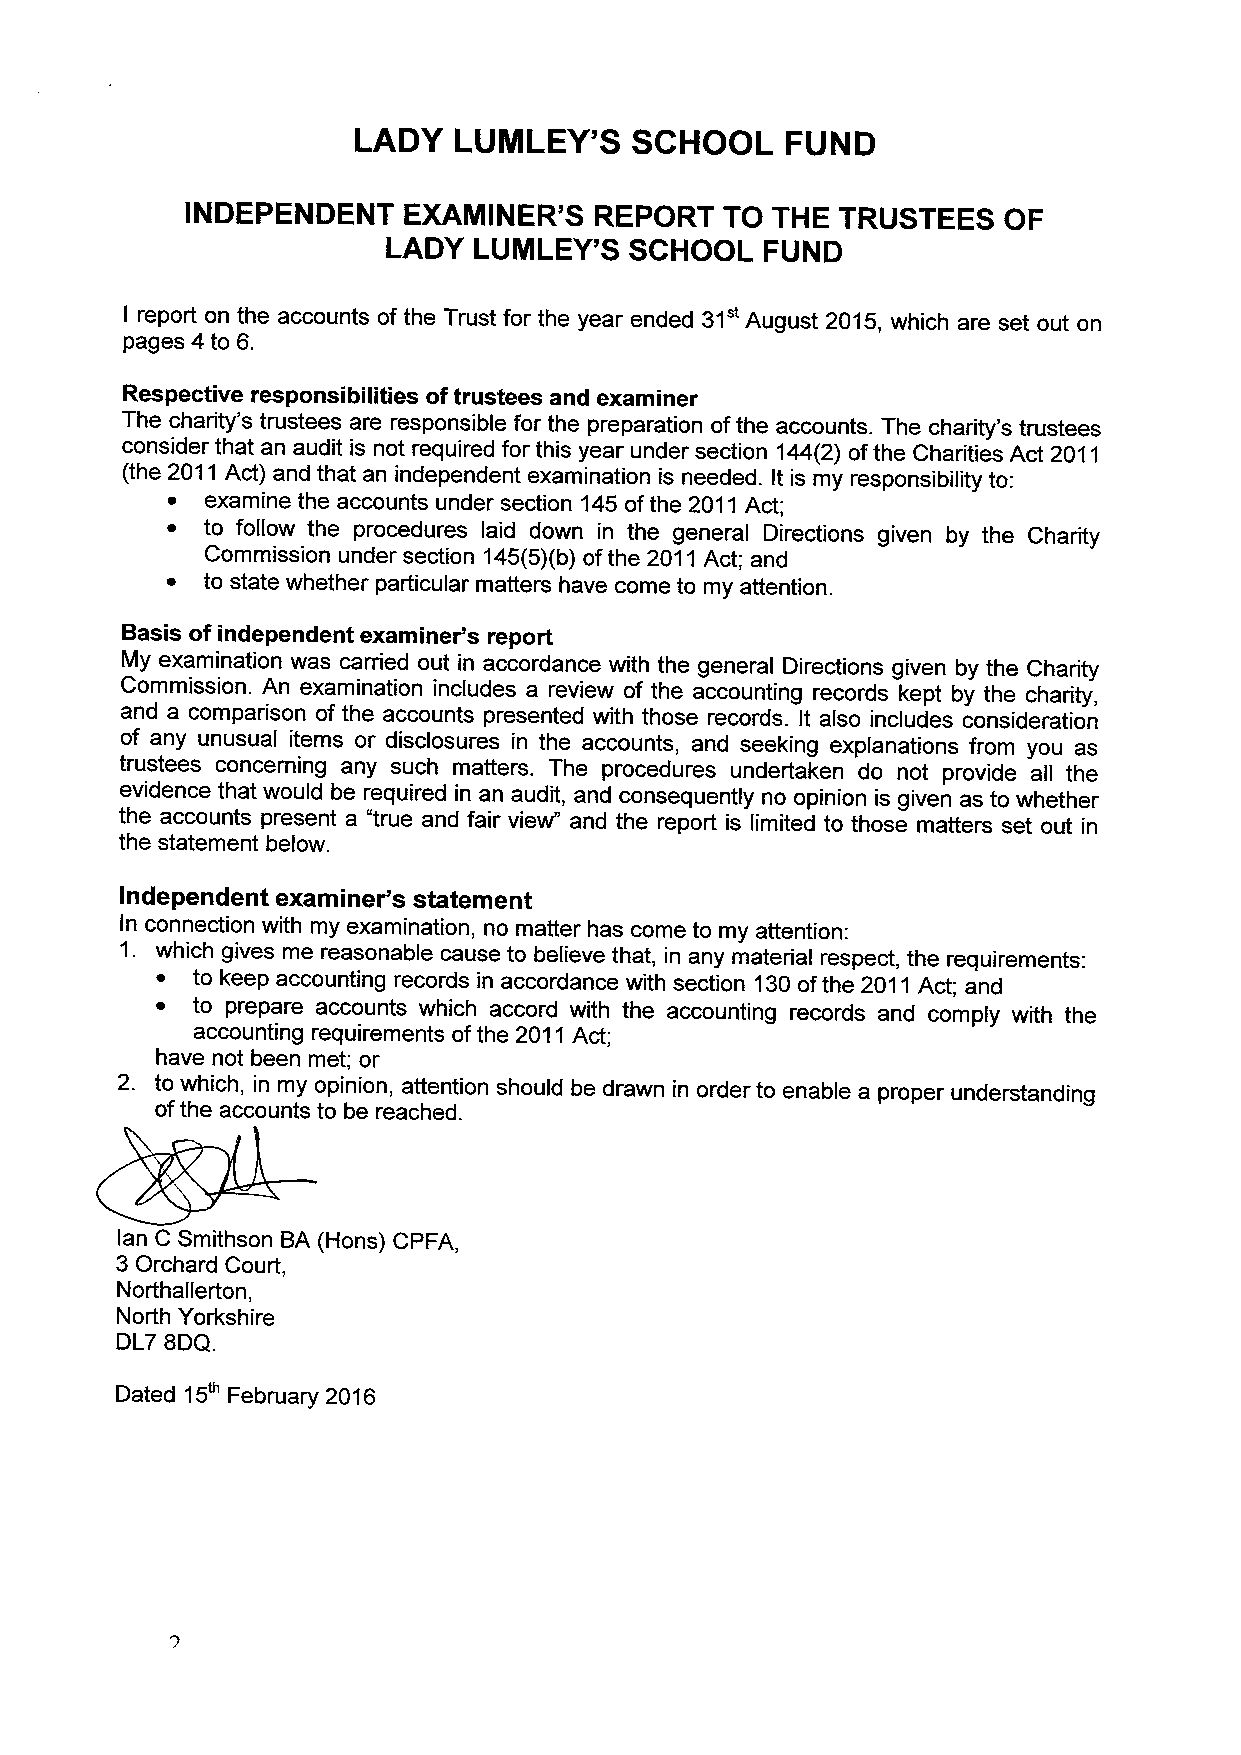
LADY   LUNILEY'S   SCHOOL    FUND
 INDEPENDENT    EXAMINER'S  REPORT   TO THE  TRUSTEES  OF
 LADY LUMLEY'S   SCHOOL   FUND
 I report on the accounts of the Trust for the year ended 31" August 2015, which are set out on
 pages 4 to 6.
 Respective responsibilities oftrustees and examiner
 The charity's trustees are responsible for the preparation ofthe accounts. The charity's trustees
 consider that an audit is not required for this year under section 144(2) ofthe Charities Act 2011
 (the 2011Act) and that an independent examination is needed. It is my responsibility to:
 ~  examine the accounts under section 145ofthe 2011Act;
 ~ to follow the procedures laid down in the general Directions given by the Charity
 Commission under section 145(5)(b) ofthe 2011Act; and
 ~ to state whether particular matters have come to my attention.
 Basis of independent examiner's report
 My examination was carried out in accordance with the general Directions given by the Charity
 Commission. An examination includes a review of the accounting records kept by the charity,
 and a comparison of the accounts presented with those records. It also includes consideration
 of any unusual items or disclosures in the accounts, and seeking explanations from you as
 trustees concerning any such matters. The procedures undertaken do not provide all the
 evidence that would be required in an audit, and consequently no opinion is given as to whether
 the accounts present a "true and fair view" and the report is limited to those matters set out in
 the statement below.
 Independent examiner's statement
 In connection with my examination, no matter has come to my attention:
 1. which gives me reasonable cause to believe that, in any material respect, the requirements:
 ~  to keep accounting records in accordance with section 130ofthe 2011Act; and
 ~  to prepare accounts which accord with the accounting records and comply with the
 accounting requirements ofthe 2011Act;
 have not been met; or
 2. to which, in my opinion, attention should be drawn in order to enable a proper understanding
 ofthe accounts to be reached.
 lan C Smithson BA (Hons) CPFA,
 3Orchard Court,
 Northallerton,
 North Yorkshire
 DL7 8DQ.
 Dated 15 February 2016